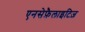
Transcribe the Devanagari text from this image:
एनसेफ़ैलाइटिज़